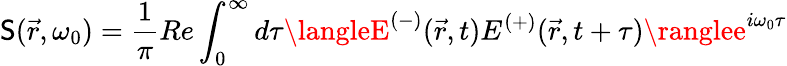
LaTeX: \mathsf{S}({\vec{{r}}},\omega_{0})={\frac{{1}}{{\pi}}}Re\int_{0}^{\infty}d\tau\langleE^{(-)}({\vec{{r}}},t)E^{(+)}({\vec{{r}}},t+\tau)\ranglee^{i\omega_{0}\tau}